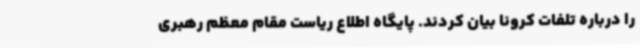
را درباره تلفات کرونا بیان کردند. پایگاه اطلاع ریاست مقام معظم رهبری